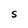
Character: S